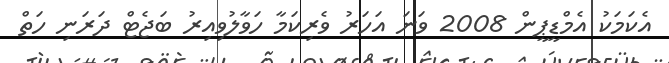
އެކަމަކު އެމްޑީޕީން 2008 ވަނަ އަހަރު ވެރިކަމާ ހަވާލުވިއިރު ބަޖެޓް ދަރަނި ހަތް